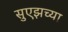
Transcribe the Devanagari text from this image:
सुएझच्या